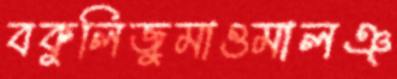
বকুলিজুমাওমালঞ্